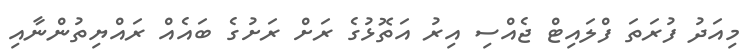
މިއަދު ފުރަތަ ފްލައިޓް ޖެއްސި އިރު އަތޮޅުގެ ރަށް ރަށުގެ ބައެއް ރައްޔިތުންނާއި